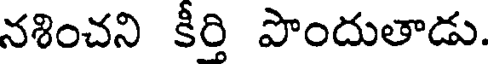
నశించని కీర్తి పొందుతాడు.